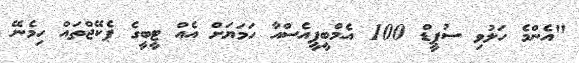
"އެންމެ ހަލުވި ސުޕީޑް 100 އެމްބީޕީއެސްއާ ހަމަޔަށް އެއް ޓީބީގެ ޕެކޭޖްތައް ހިމެނޭ